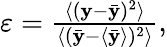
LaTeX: \begin{array}{r}{\varepsilon=\frac{\langle(\mathbf{y}-\bar{\mathbf{y}})^{2}\rangle}{\langle(\bar{\mathbf{y}}-\langle\bar{\mathbf{y}}\rangle)^{2}\rangle},}\end{array}